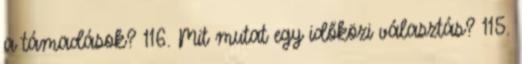
a támadások? 116. Mit mutat egy időközi választás? 115.